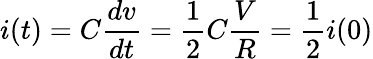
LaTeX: i(t)=C\frac{dv}{dt}=\frac{1}{2}C\frac{V}{R}=\frac{1}{2}i(0)